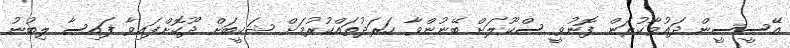
އޭސީސީން ދައުވާކުރަން ފޮނުވީ ސްކޫލަށް ބޭނުންވާ ހަރަދުތައްކުރުމަށް ޝަކީބަށް ދޫކޮށްފައިވާ ފައިސާ ލިބުނު